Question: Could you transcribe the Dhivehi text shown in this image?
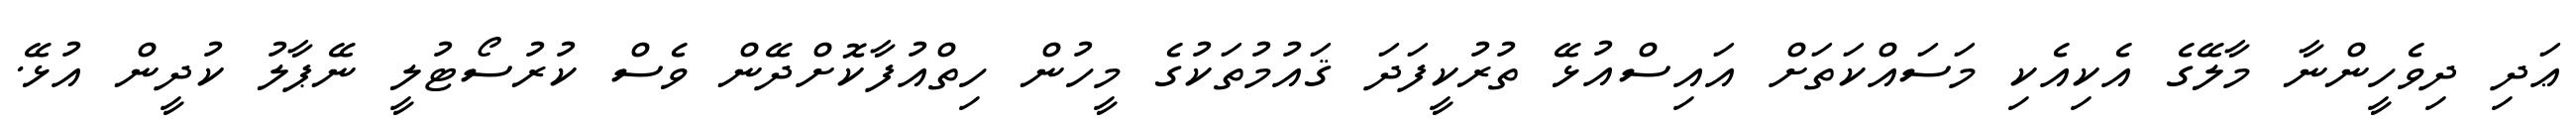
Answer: ޢަދި ދިވެހީންނާ މާލޭގެ އެކިއެކި މަސައްކަތަށް އައިސްއުޅޭ ތުރުކީފަދަ ޤައުމުތަކުގެ މީހުން ހިތްއުފާކޮށްދޭން ވެސް ކުރުސޯޓުލީ ނޭޕާލު ކުދީން އުޅޭ.